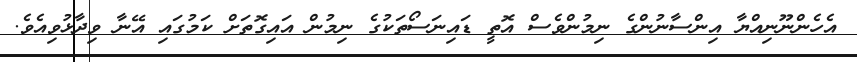
އެހެންނޫނިއްޔާ އިންސާނުންގެ ނިމުންވެސް އޮތީ ޑައިނަސޯތަކުގެ ނިމުން އައިގޮތަށް ކަމުގައި އޭނާ ވިދާޅުވިއެވެ.